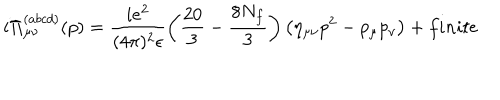
i \Pi _ { \mu \nu } ^ { ( a b c d ) } ( p ) = \frac { i e ^ { 2 } } { ( 4 \pi ) ^ { 2 } \epsilon } \left( \frac { 2 0 } { 3 } - \frac { 8 N _ { f } } { 3 } \right) \left( \eta _ { \mu \nu } p ^ { 2 } - p _ { \mu } p _ { \nu } \right) + f i n i t e